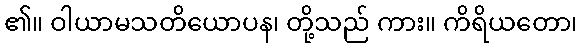
၏။ ဝါယာမသတိယောပန၊ တို့သည် ကား။ ကိရိယတော၊